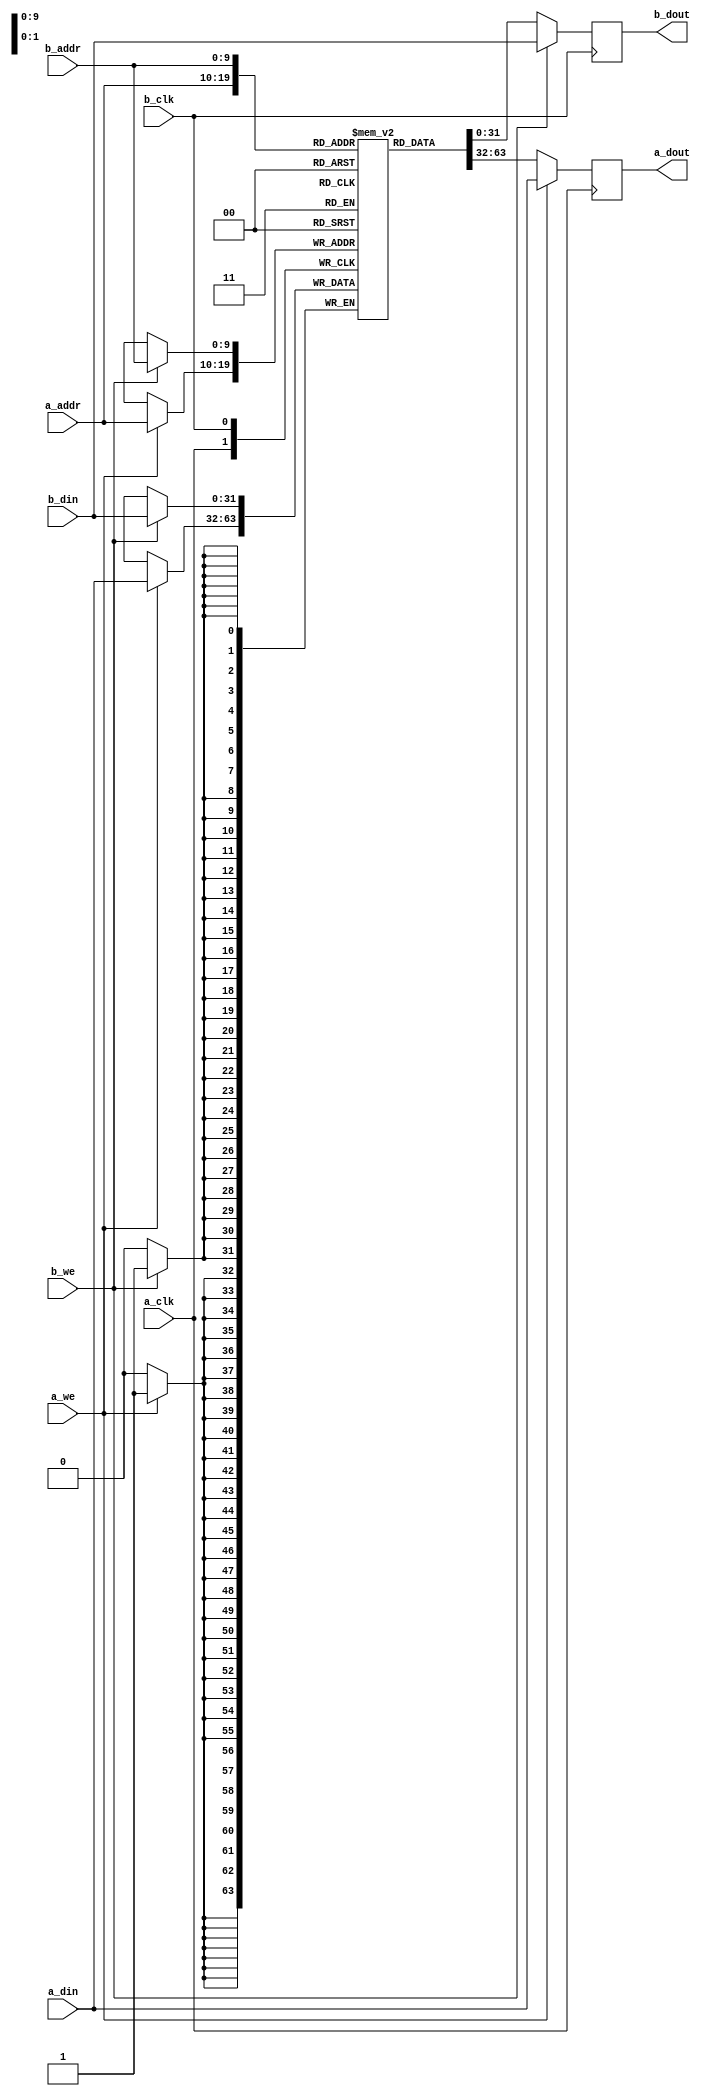
module ram_dp #
(
    parameter DATA_WIDTH = 32,
    parameter ADDR_WIDTH = 10
)
(
    // port A
    input  wire                    a_clk,
    input  wire                    a_we,
    input  wire [ADDR_WIDTH-1:0]   a_addr,
    input  wire [DATA_WIDTH-1:0]   a_din,
    output wire [DATA_WIDTH-1:0]   a_dout,

    // port B
    input  wire                    b_clk,
    input  wire                    b_we,
    input  wire [ADDR_WIDTH-1:0]   b_addr,
    input  wire [DATA_WIDTH-1:0]   b_din,
    output wire [DATA_WIDTH-1:0]   b_dout
);

reg [DATA_WIDTH-1:0] a_dout_reg = {DATA_WIDTH{1'b0}};

reg [DATA_WIDTH-1:0] b_dout_reg = {DATA_WIDTH{1'b0}};

// (* RAM_STYLE="BLOCK" *)
reg [DATA_WIDTH-1:0] mem[(2**ADDR_WIDTH)-1:0];

assign a_dout = a_dout_reg;

assign b_dout = b_dout_reg;

integer i, j;

initial begin
    // two nested loops for smaller number of iterations per loop
    // workaround for synthesizer complaints about large loop counts
    for (i = 0; i < 2**ADDR_WIDTH; i = i + 2**(ADDR_WIDTH/2)) begin
        for (j = i; j < i + 2**(ADDR_WIDTH/2); j = j + 1) begin
            mem[j] = 0;
        end
    end
end

// port A
always @(posedge a_clk) begin
    a_dout_reg <= mem[a_addr];
    if (a_we) begin
        mem[a_addr] <= a_din;
        a_dout_reg <= a_din;
    end
end

// port B
always @(posedge b_clk) begin
    b_dout_reg <= mem[b_addr];
    if (b_we) begin
        mem[b_addr] <= b_din;
        b_dout_reg <= b_din;
    end
end

endmodule